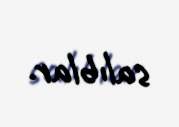
salıblar.